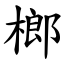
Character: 榔